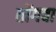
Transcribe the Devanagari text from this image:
तोंगबा